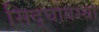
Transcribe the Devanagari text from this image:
सिद्घावस्था